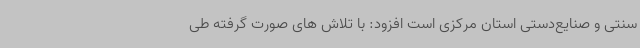
سنتی و صنایع‌دستی استان مرکزی است افزود: با تلاش های صورت گرفته طی